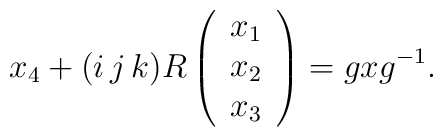
x_4+(i\,j\,k)R\left(\begin{array}{c}x_1\\x_2\\x_3\end{array}\right)=gxg^{-1}.